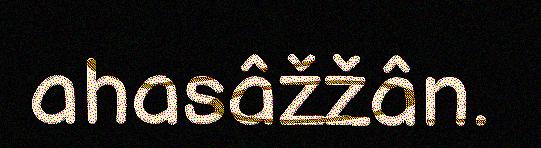
ahasâžžân.